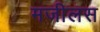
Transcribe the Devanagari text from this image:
मजीलस